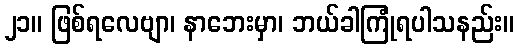
၂၁။ ဖြစ်ရလေဗျာ၊ နာဘေးမှာ၊ ဘယ်ခါကြုံရပါသနည်း။